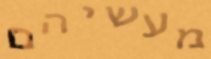
מעשיהם